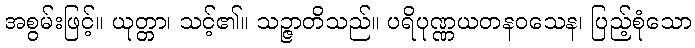
အစွမ်းဖြင့်။ ယုတ္တာ၊ သင့်၏။ သဉ္ဇာတိသည်။ ပရိပုဏ္ဏယတနဝသေန၊ ပြည့်စုံသော